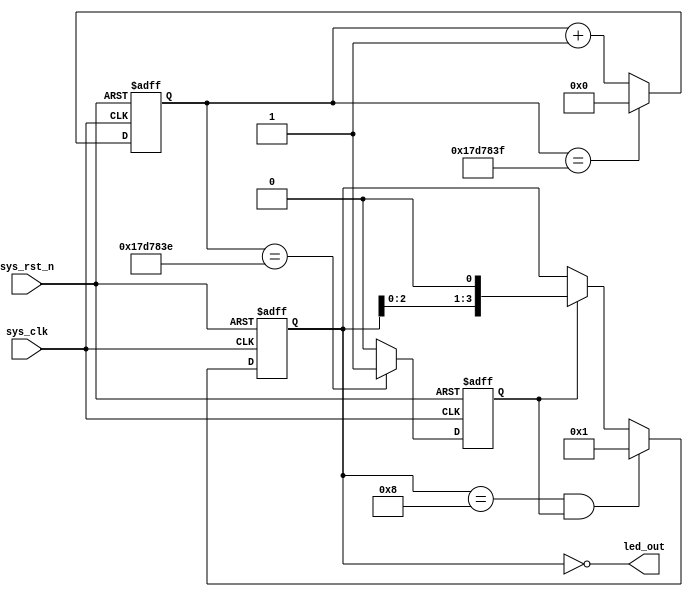
module water_led
#(
parameter CNT_MAX = 25'd24_999_999
)
(
input wire sys_clk , //50MHz
input wire sys_rst_n , //

output wire [3:0] led_out //led

);

////
//\* Parameter and Internal Signal \//
////
//reg define
reg [24:0] cnt ;
reg cnt_flag ;
reg [3:0] led_out_reg ;

////
//\* Main Code \//
////
//cnt:500ms
always@(posedge sys_clk or negedge sys_rst_n)
if(sys_rst_n == 1'b0)
cnt <= 25'b0;
else if(cnt == CNT_MAX)
cnt <= 25'b0;
else
cnt <= cnt + 1'b1;

//cnt_flag:500ms
always@(posedge sys_clk or negedge sys_rst_n)
if(sys_rst_n == 1'b0)
cnt_flag <= 1'b0;
else if(cnt == CNT_MAX - 1)
cnt_flag <= 1'b1;
else
cnt_flag <= 1'b0;

//led_out_reg:led
always@(posedge sys_clk or negedge sys_rst_n)
if(sys_rst_n == 1'b0)
led_out_reg <= 4'b0001;
else if(led_out_reg == 4'b1000 && cnt_flag == 1'b1)
led_out_reg <= 4'b0001;
else if(cnt_flag == 1'b1)
led_out_reg <= led_out_reg << 1'b1; //

assign led_out = ~led_out_reg;

endmodule